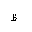
Letter: _za